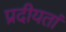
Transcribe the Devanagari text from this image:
प्रदीयतां